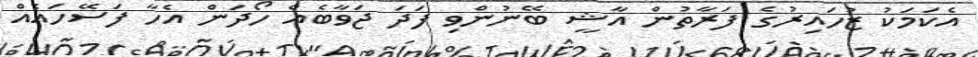
އެކަމަކު ޒުހައިރުގެ ފަރާތުން އާޝީ ބޭނުންވި ފަދަ ޖަވާބެއް ހޯދަން އެހާ ފަސޭހައެއް